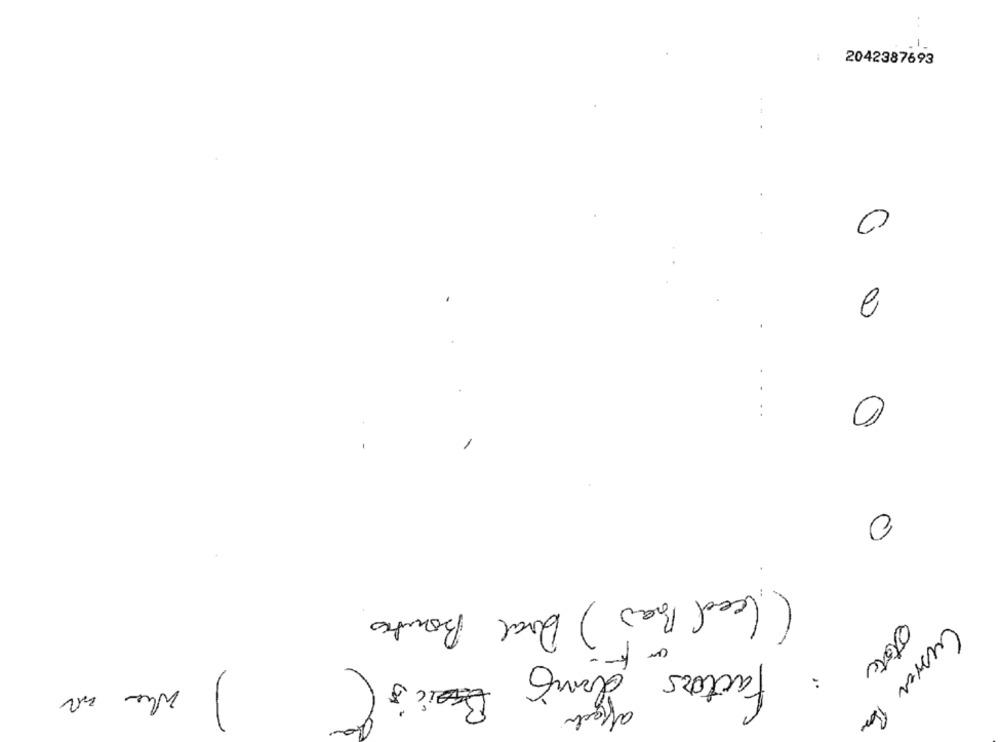
2042387693
0
2
-
0
....
0
( Cced Bar ) Doral Bounties
factors dans
:
State
affect
Custar Ba